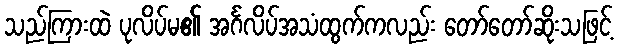
သည်ကြားထဲ ပုလိပ်မ၏ အင်္ဂလိပ်အသံထွက်ကလည်း တော်တော်ဆိုးသဖြင့်